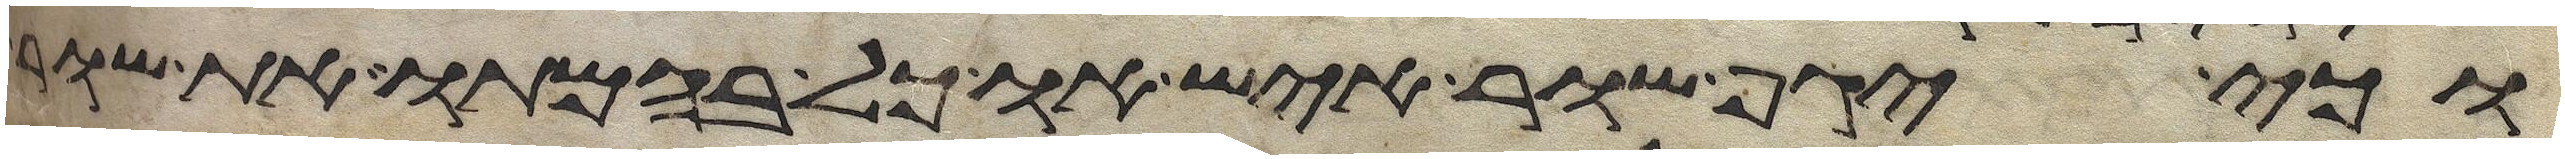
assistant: וכי יגף שור איש או כל בהמתו את שור